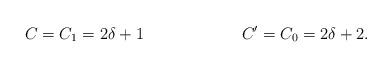
LaTeX: \begin{align*} C = C_1 = 2\delta + 1 && C' = C_0 = 2\delta + 2.\end{align*}